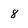
Character: 8